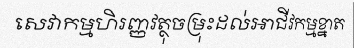
សេវាកម្មហិរញ្ញវត្ថុចម្រុះដល់អាជីវកម្មខ្នាត